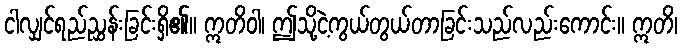
ငါလျှင်ရည်ညွှန်းခြင်းရှိ၏။ ဣတိဝါ၊ ဤသို့ငဲ့ကွယ်တွယ်တာခြင်းသည်လည်းကောင်း။ ဣတိ၊